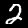
Digit: 2